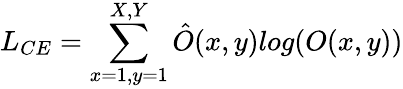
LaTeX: L_{CE}=\sum_{x=1,y=1}^{X,Y}\hat{O}(x,y)log(O(x,y))